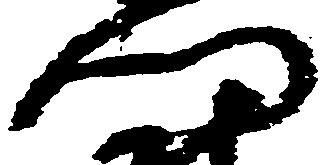
門